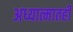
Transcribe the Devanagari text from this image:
अध्यात्मातही